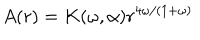
A ( r ) = K ( \omega , \alpha ) r ^ { 4 \omega / ( 1 + \omega ) }